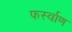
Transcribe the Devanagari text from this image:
फर्स्वाण